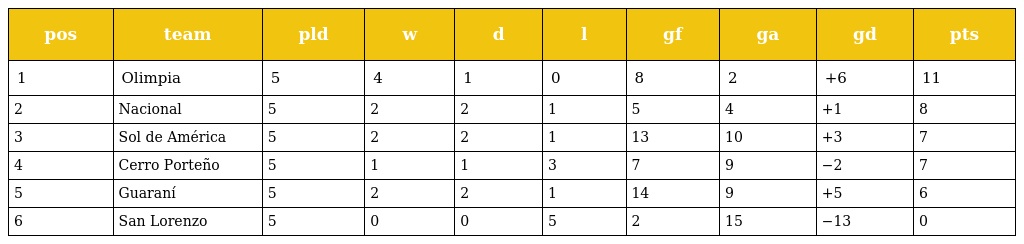
| pos | team | pld | w | d | l | gf | ga | gd | pts |
 | --- | --- | --- | --- | --- | --- | --- | --- | --- | --- |
 | 1 | Olimpia | 5 | 4 | 1 | 0 | 8 | 2 | +6 | 11 |
 | 2 | Nacional | 5 | 2 | 2 | 1 | 5 | 4 | +1 | 8 |
 | 3 | Sol de América | 5 | 2 | 2 | 1 | 13 | 10 | +3 | 7 |
 | 4 | Cerro Porteño | 5 | 1 | 1 | 3 | 7 | 9 | −2 | 7 |
 | 5 | Guaraní | 5 | 2 | 2 | 1 | 14 | 9 | +5 | 6 |
 | 6 | San Lorenzo | 5 | 0 | 0 | 5 | 2 | 15 | −13 | 0 |